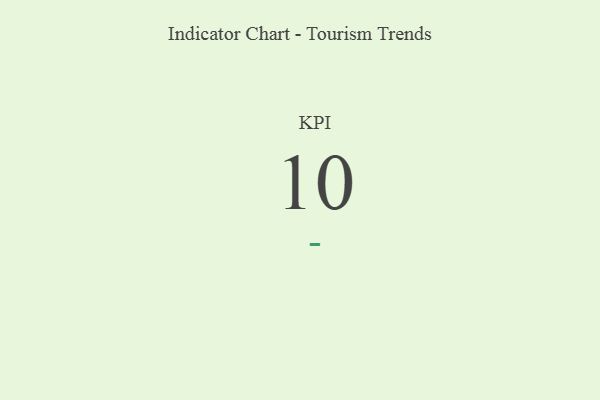
{"axis": {"x": "KPI", "y": "Value"}, "legend": [""], "data": [{"x": "KPI", "y": 10, "type": ""}]}